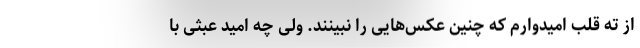
از ته قلب امیدوارم که چنین عکس‌هایی را نبینند. ولی چه امید عبثی با